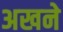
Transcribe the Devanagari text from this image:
अखने